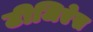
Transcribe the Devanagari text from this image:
टीजिऐस